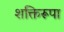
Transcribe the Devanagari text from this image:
शक्तिरूपा